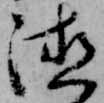
徳